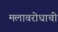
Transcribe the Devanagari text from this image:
मलावरोधाची